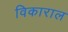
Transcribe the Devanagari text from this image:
विकाराल